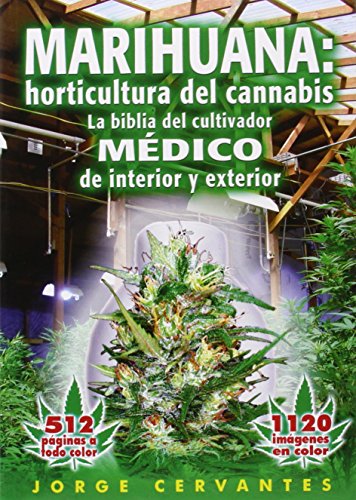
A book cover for Marihuana: horticultura de cannabis - la biblia del cultivador MEDICO de interior y exterior (Spanish Edition); Jorge Cervantes; Crafts, Hobbies & Home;